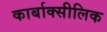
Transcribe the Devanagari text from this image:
कार्बाक्सीलिक